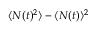
\langle N ( t ) ^ { 2 } \rangle - \langle N ( t ) \rangle ^ { 2 }